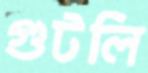
গুটলি